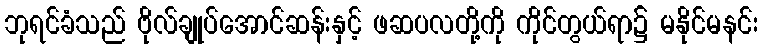
ဘုရင်ခံသည် ဗိုလ်ချုပ်အောင်ဆန်းနှင့် ဖဆပလတို့ကို ကိုင်တွယ်ရာ၌ မနိုင်မနင်း